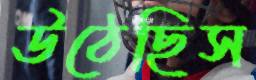
উঠেছিস